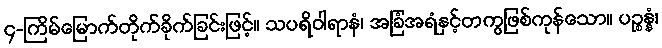
၄-ကြိမ်မြောက်တိုက်ခိုက်ခြင်းဖြင့်။ သပရိဝါရာနံ၊ အခြံအရံနှင့်တကွဖြစ်ကုန်သော။ ပဉ္စန္နံ၊